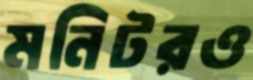
মনিটরও